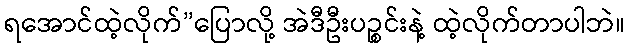
ရအောင်ထဲ့လိုက်”ပြောလို့ အဲဒီဦးပဉ္စင်းနဲ့ ထဲ့လိုက်တာပါဘဲ။